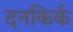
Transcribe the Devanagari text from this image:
दनकिर्क